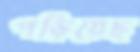
পড়িয়েছ